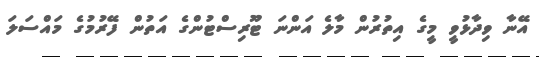
އޭނާ ވިދާޅުވީ މީގެ އިތުރުން މާލެ އަންނަ ޓޫރިސްޓުންގެ އަތުން ފޭރުމުގެ މައްސަލަ